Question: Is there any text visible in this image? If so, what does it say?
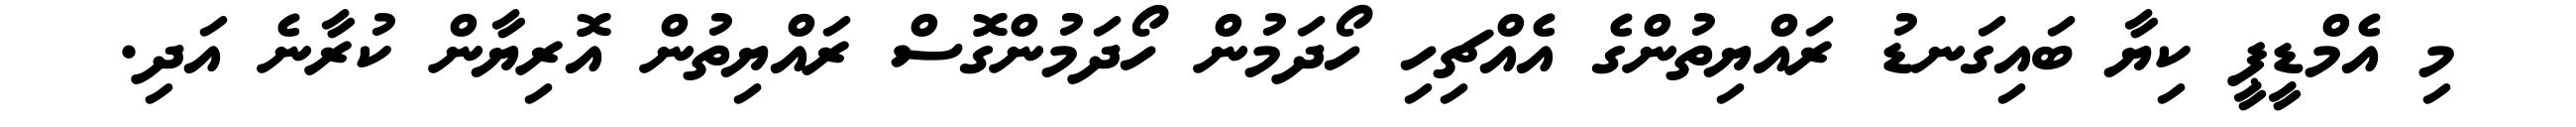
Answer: މި އެމްޑީޕީ ކިޔާ ބައިގަނޑު ރައްޔިތުންގެ އެއްޗިހި ހޯދަމުން ހޯދަމުންގޮސް ރައްޔިތުން އޮރިޔާން ކުރާނެ އަދި.